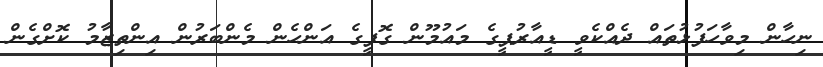
ނިހާން މިވާހަފުޅުތައް ދެއްކެވީ ޑީއާރުޕީގެ މައުމޫން ގޮފީގެ އަންހެން މެންބަރުން އިންތިޒާމު ކޮށްގެން